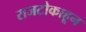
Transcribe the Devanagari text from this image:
राजटोकाहून